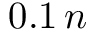
0 . 1 \, n